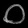
Digit: ၀